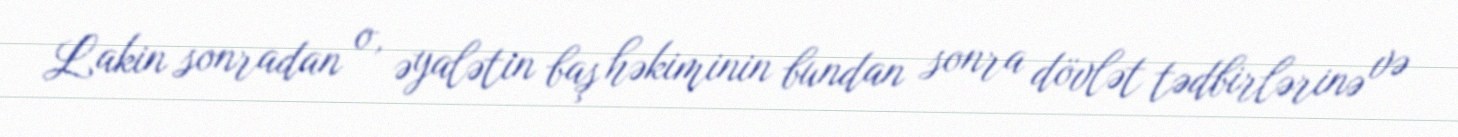
Lakin sonradan o, əyalətin baş həkiminin bundan sonra dövlət tədbirlərinə və